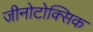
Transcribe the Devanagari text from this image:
जीनोटोक्सिक